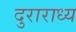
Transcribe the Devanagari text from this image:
दुराराध्य